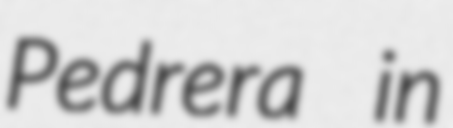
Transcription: Pedrera in